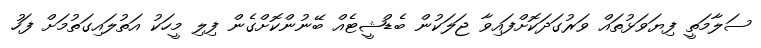
ސަލާމަތީ ފިޔަވަޅުތައް ވަރުގަދަކޮށްފައިވާ ޖަލަކުން ބެޑްޝީޓެއް ބޭނުންކޮށްގެން ފިލި މީހަކު އަތުލައިގަތުމަށް ފަހު